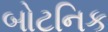
બોટનિક